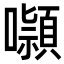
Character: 𭌑